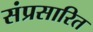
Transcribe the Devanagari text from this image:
संप्रसारित